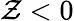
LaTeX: \mathcal{Z}<0